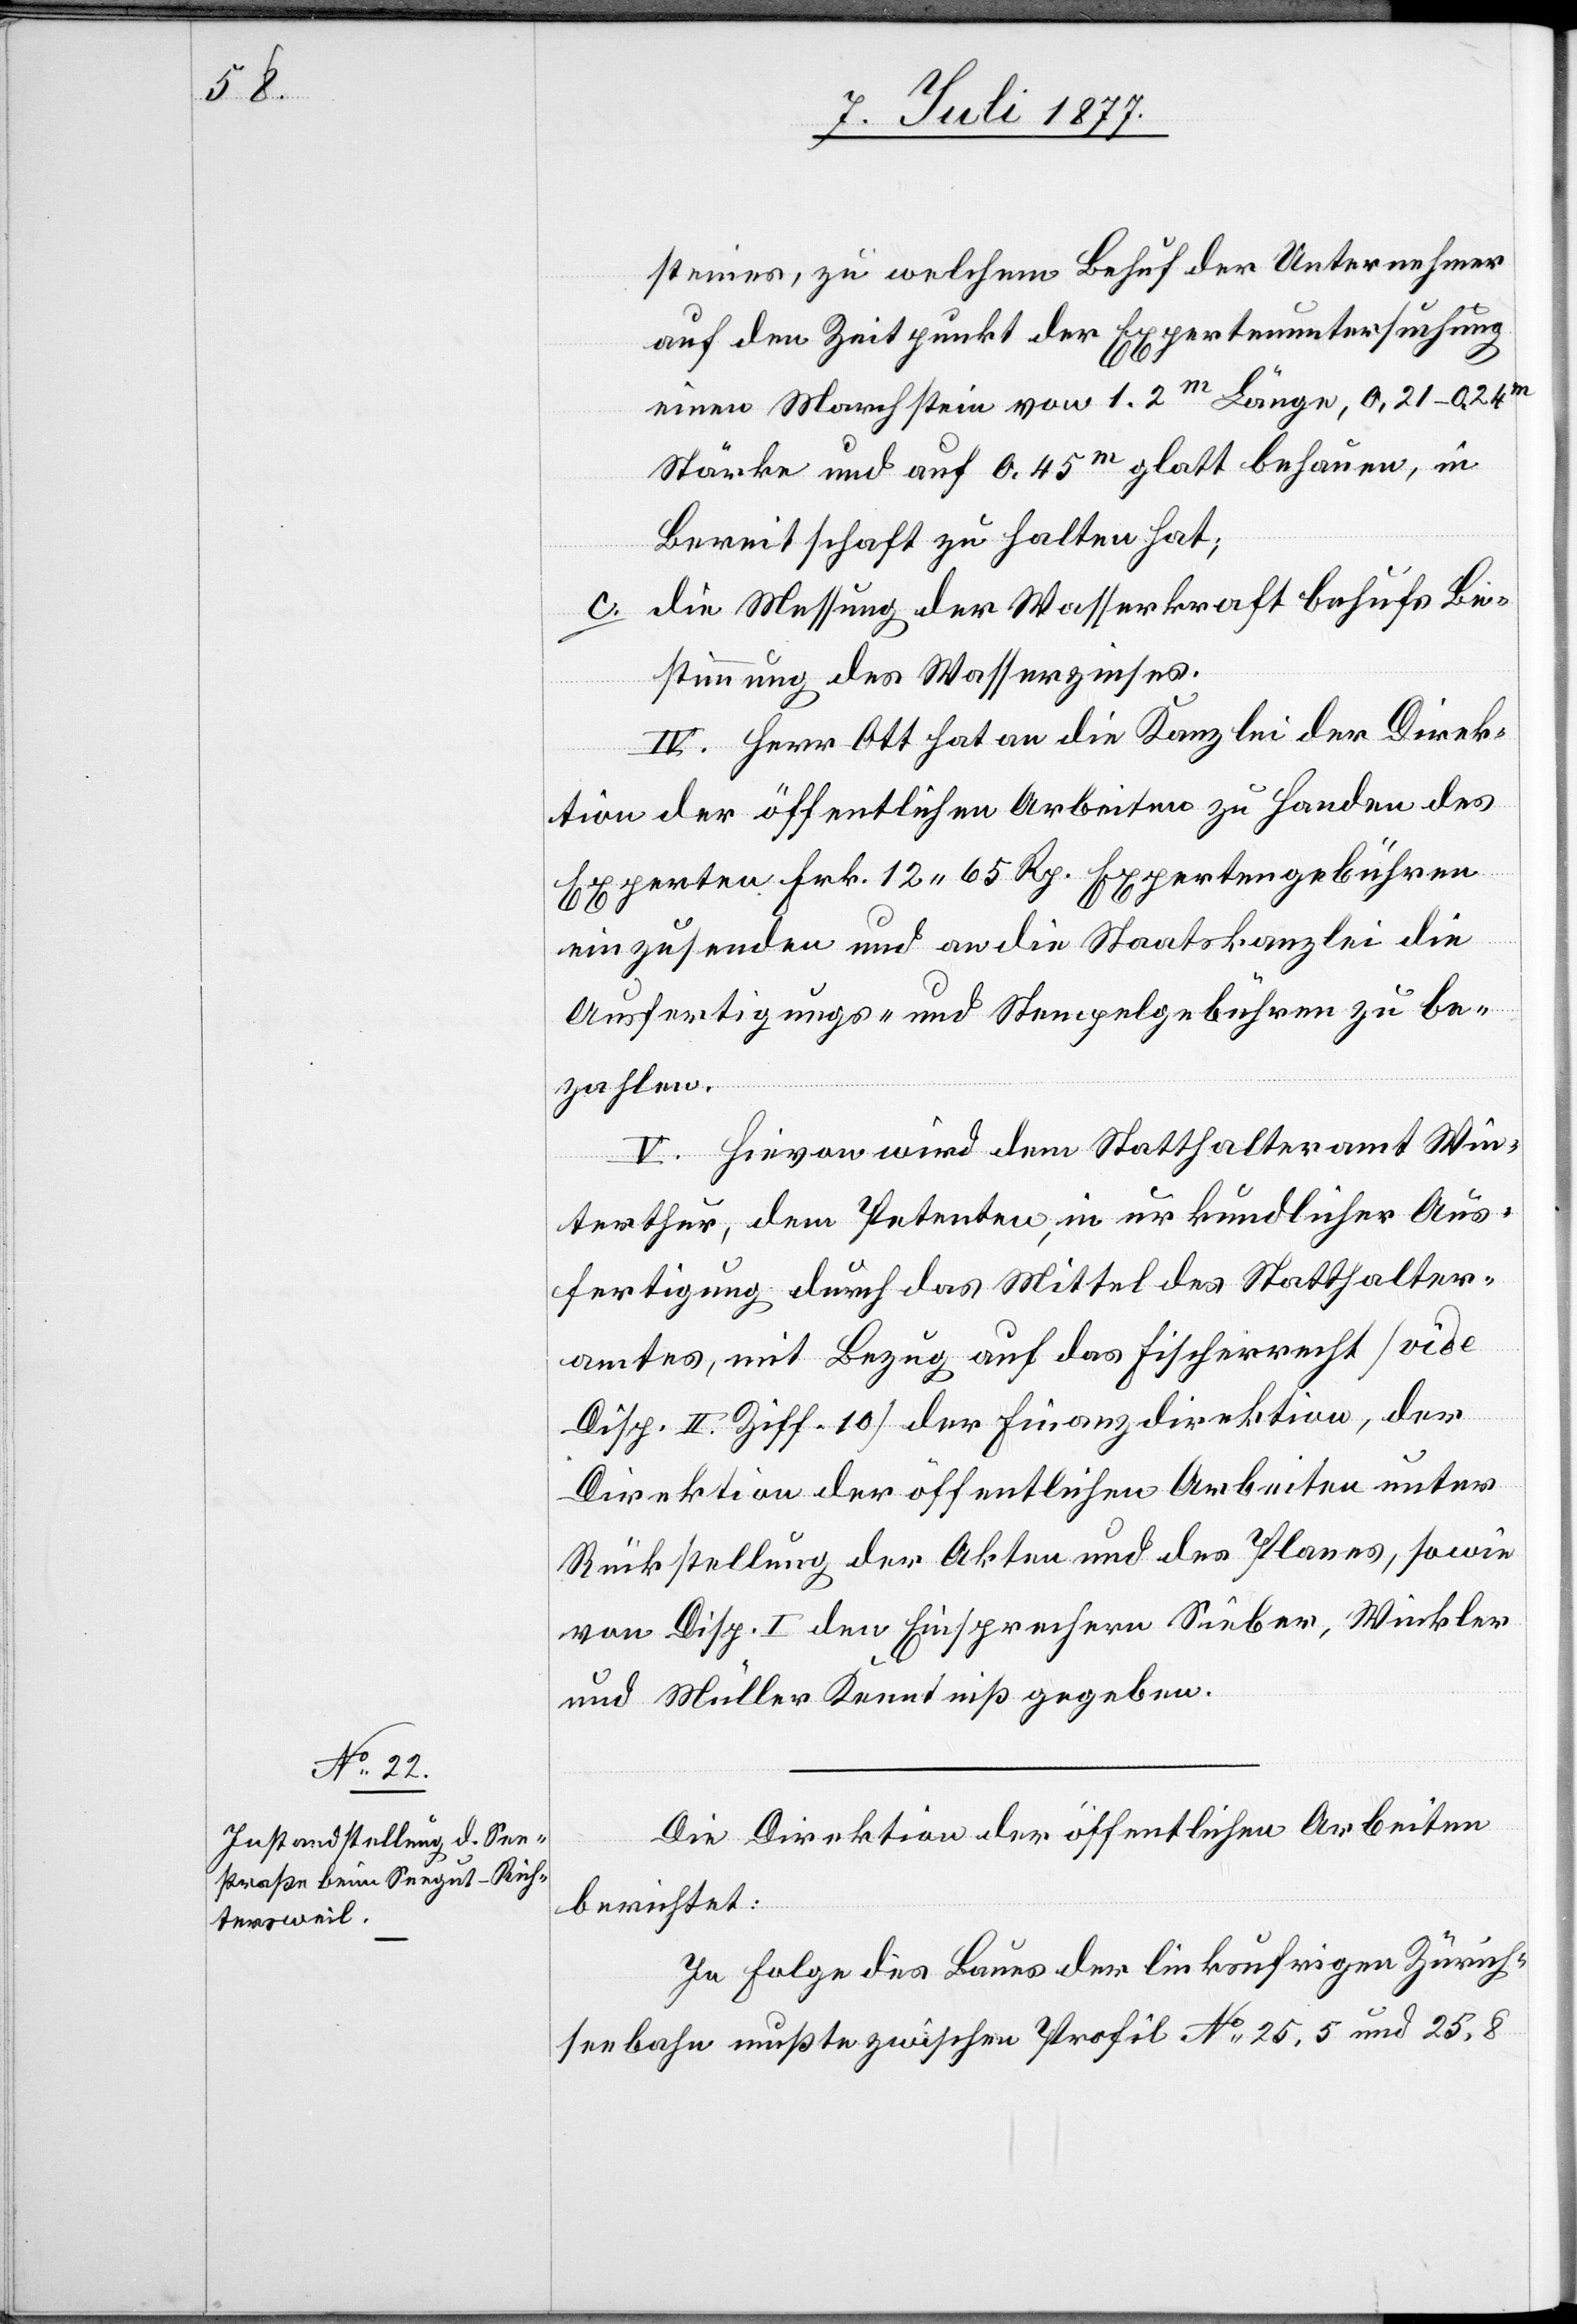
steines, zu welchem Behuf der Unternehmer
auf den Zeitpunkt der Expertenuntersuchung
einen Marchstein von 1.2m Länge, 0,21–0,24m
Stärke und auf 0,45m glatt behauen, in
Bereitschaft zu halten hat;
die Messung der Wasserkraft behufs Be¬
stimmung des Wasserzinses.
IV. Herr Ott hat an die Kanzlei der Direk¬
tion der öffentlichen Arbeiten zu Handen des
Experten Frk. 12 65 Rp. Expertengebühren
einzusenden und an die Staatskanzlei die
Ausfertigungs- und Stempelgebühren zu be¬
zahlen.
V. Hievon wird dem Statthalteramt Win¬
terthur, dem Petenten, in urkundlicher Aus¬
fertigung durch das Mittel des Statthalter¬
amtes, mit Bezug auf das Fischerrecht [vide
Disp. II. Ziff. 10] der Finanzdirektion, der
Direktion der öffentlichen Arbeiten unter
Rückstellung der Akten und des Planes, sowie
von Disp. I den Einsprechern Sieber, Winkler
und Müller Kenntniß gegeben.
Die Direktion der öffentlichen Arbeiten
berichtet:
In Folge des Baues der linksufrigen Zürich¬
seebahn mußte zwischen Profil No 25,5 und 25,8